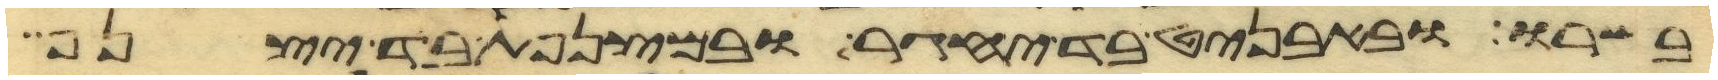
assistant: בשרו ובאבניט בד יחגר ובמצנפת בד יצנף